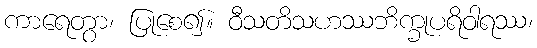
ကာရေတွာ၊ ပြုစေ၍။ ဝီသတိသဟဿဘိက္ခုပရိဝါရဿ၊